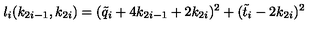
l _ { i } ( k _ { 2 i - 1 } , k _ { 2 i } ) = ( \tilde { q } _ { i } + 4 k _ { 2 i - 1 } + 2 k _ { 2 i } ) ^ { 2 } + ( \tilde { t } _ { i } - 2 k _ { 2 i } ) ^ { 2 }